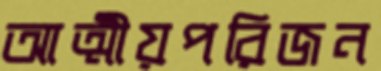
আত্মীয়পরিজন